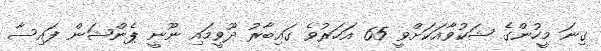
ގިނަ މީހުންގެ ޝަކުވާއަކަށްވީ 65 އަހަރުވެ ގައިބާރު ދޫވީމައި ނޫނީ ޕެންޝަން ފައިސާ